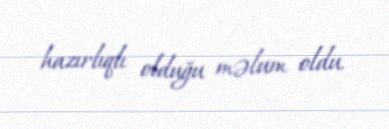
hazırlıqlı olduğu məlum oldu.